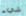
شيء